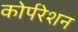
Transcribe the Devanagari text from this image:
कोर्परेशन